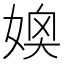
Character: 𪦂